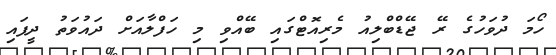
ހޯމަ ދުވަހުގެ ރޭ ޖޭޑްބްލިއު މެރިއޮޓްގައި ބޭއްވި މި ހަފްލާއަށް ދައުވަތު ދީފައި